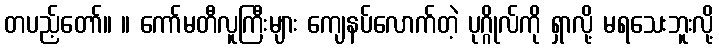
တပည့်တော်။ ။ ကော်မတီလူကြီးများ ကျေနပ်လောက်တဲ့ ပုဂ္ဂိုလ်ကို ရှာလို့ မရသေးဘူးလို့